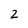
Character: 2